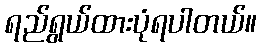
ရည်ရွယ်ထားပုံရပါတယ်။